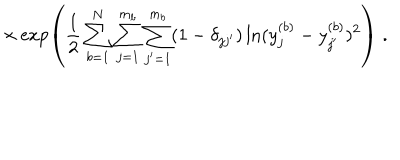
\times \exp \left( \frac { 1 } { 2 } \sum _ { b = 1 } ^ { N } \sum _ { j = 1 } ^ { m _ { b } } \sum _ { j ^ { \prime } = 1 } ^ { m _ { b } } ( 1 - \delta _ { j j ^ { \prime } } ) \ln ( y _ { j } ^ { ( b ) } - y _ { j ^ { \prime } } ^ { ( b ) } ) ^ { 2 } \right) \; .